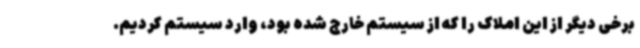
برخی دیگر از این املاک را که از سیستم خارج شده بود، وارد سیستم کردیم.